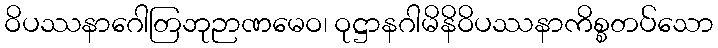
ဝိပဿနာဂေါတြဘုဉာဏမေဝ၊ ဝုဋ္ဌာနဂါမိနိဝိပဿနာကိစ္စတပ်သော